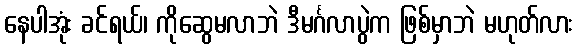
နေပါအုံး ခင်ရယ်၊ ကိုဆွေမလာဘဲ ဒီမင်္ဂလာပွဲက ဖြစ်မှာဘဲ မဟုတ်လား